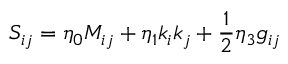
S _ { i j } = \eta _ { 0 } M _ { i j } + \eta _ { 1 } k _ { i } k _ { j } + { \frac { 1 } { 2 } } \eta _ { 3 } g _ { i j }